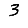
Digit: 3